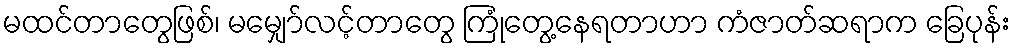
မထင်တာတွေဖြစ်၊ မမျှော်လင့်တာတွေ ကြုံတွေ့နေရတာဟာ ကံဇာတ်ဆရာက ခြေပုန်း